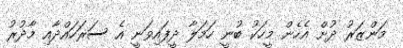
މަންޒަރު ދުށް އެހެން މީހަކު ބުނީ ހަމަލާ ދީފައިވަނީ އެ ސަރަހައްދާއި މާދުރު